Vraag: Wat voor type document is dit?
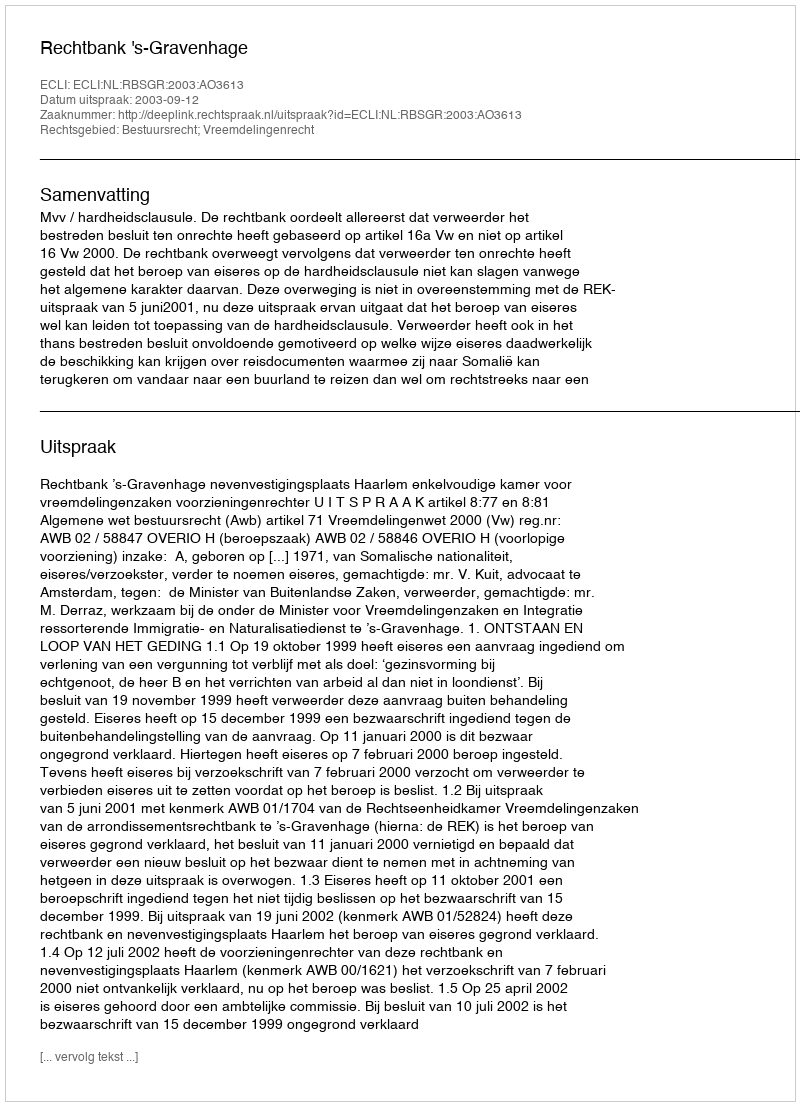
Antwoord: Uitspraak